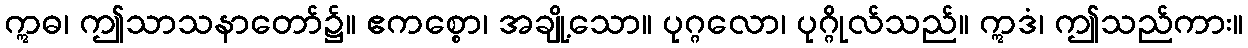
ဣဓ၊ ဤသာသနာတော်၌။ ဧကစ္စော၊ အချို့သော။ ပုဂ္ဂလော၊ ပုဂ္ဂိုလ်သည်။ ဣဒံ၊ ဤသည်ကား။